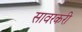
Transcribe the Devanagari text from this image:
सावरकरी